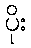
ပိုး